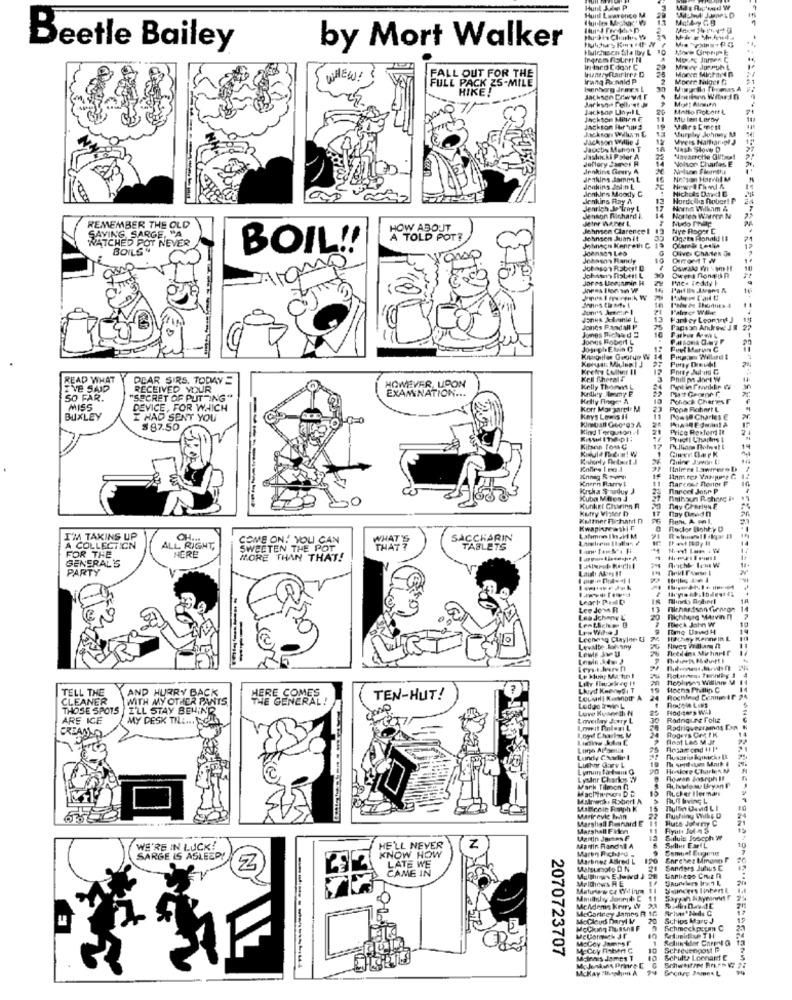
Hunt Julen P
Hunl Linasento M
Beetle Bailey
by Mort Walker
Wr taco [ doar C
Morve MicPart D
NEW
FALL OUT FOR THE
Irang Ranald P
Morre Nuget IS
FULL PACK Z5-MILE
HIKE!
henhorg armes L
20
Matto Robert L
Jackton Mitten E
Mu last Leroy
Jackson Fortuna
19
Jurplay Johmay Ra
Jackson Willie J
Myers Hatharol J
Jacoby Manon T
14
Vash Stove D
dashcki Paler A
Jeffery James R
Navarrette Giftset
Volsor Charles E
Jenkins Geny A
Jenkins Jol in L
Jonkir's Moody C
Nich As Deand E
Jenkins Ray A
Hurdulka Rober! F
Jenrich Jo Irny L
14
17
Norna Willam &
Jenson Richard I.
JeIn WARM L
Morten Warren N
REMEMBER THE OLD
HOW ABOUT
Johnsen Clarence 1 13
Nye Roger E
SAYING, SARGE, "A
A TOLD POT?
Jothecn Kenroth C
Johnsen Juan It
WATCHED POT NEVER
BOILS
BOIL!
Johnson Leo
Olives Charles Je
17
Johnsns Bandy
Oswald F'n sam H
30
13
Parker Leorint J
Jones Fandall P
Jones Whichhad
75
Papson Androw JE 27
Jones Robert L
Joseple Elein Q
Puel Maryn C
Pory Drevet
READ WHAT
DEAR SIRS. TODAY
Kell fiherali
Phill p Jort W
I'VE SAID
RECEIVED YOUR
HOWEVER UPON
Kelly Thomas L
SO FAR.
"SECRET OF PUTTING"
EXAMINATION ...
Nohock Charms
MISS
DEVICE, FOR WHICH
Kort Margaret: M
Popa Robert L
BUXLEY
I HAD SENT YOU
11
Possa Charles C
$ 87.56
Kind 1 ogusonA
Price Restemit
Pructl Charins &
Kitsen Fomc
14
Giner Gare K
Krcha Sorduy J
Marcel Jose P
Kuba Miles J
Minthaun R.chorei
Kunket Charinn R
Kufry Vister D
17
Kuttner Fichatt n
Kwapisze ashi F
Rector Bohry D
I'M TAKING UP
COME ON! YOU CAN
WHAT'S
SACCHARIN
Lafemme IkaV M
14
A COLLECTION
ALL RIGHT,
SWEETEN THE POT
THAT ?
TABLETS
FOR THE
GENERAL'S
HERE
MORE THAN THAT!
PARTY
Leart Pust
4
Lee Jov R
14
Leo Jchany
Leptich- G
Flichhire Marvin IT
Reck John W
Leeneng Claylon U
HINchey Kerne In L
LevaDe Jonvany
Leme Je U
--------
---
TELL THE
AND HURRY BACK
HERE COMES
Hoens Phillip C
CLEANER
WITH MY OTHER PANTS
THE GENERAL!
TEN-HUT!
24
Rochind Commir PA
THOSE SPOTS
I'LL STAY BEHIND
ARE ICE
MY DESK TILL ... . CHE
Loveilay Joury L
30
Radna une Folie
1.opel Charles M
Rodriguezramos Fan
Lindy Caortir 1
Luthey Give L
19
Hoskore Charles M
Lysnr Charkys TV
Rowan Joseph It
Mark Tilmon fl
Auhowtosu Bryan P
FL cher Herman
Malowch. Robert &
Puff Iving L
15
Marirevie Bean
Huts Julumy C
Marshall Fillon
Siluis Joseph W
10
WE'RE IN LUCK!
HE'LL NEVER
Z
Mantin Randy A
Wren Fichero
SARGE IS ASLEEP!
KNOW HOW
LATE WE
Marinez Allred L
120
Chrchez Minano P
-
CAME IN
Malsuoto D N
Sandnes Juhus E
Maulthy Jaoryl. C
MeAdems Kem, W
Mccartney James R. 1G
McCloud Daryl W
Schips Marc J
Mocking Th sul F
Schmeckprym C
2070723707
McCoy Patent G
Scrievengost F
Mannes James T
Molunk As Prive C
10
Schults Loonant E
Mckay Bapho A